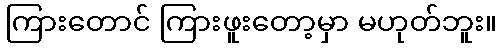
ကြားတောင် ကြားဖူးတော့မှာ မဟုတ်ဘူး။